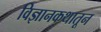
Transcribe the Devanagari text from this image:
विज्ञानकथातून